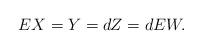
LaTeX: \begin{align*}EX=Y=dZ=dEW.\end{align*}